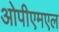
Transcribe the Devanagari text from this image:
ओपीएमएल